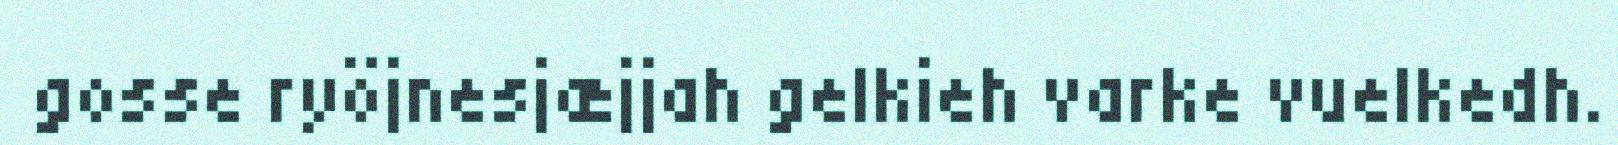
gosse ryöjnesjæjjah gelkieh varke vuelkedh.